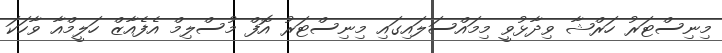
މިނިސްޓަރު ހަރްޝާ ވިދާޅުވީ މިމައްސަލައިގައި މިނިސްޓަރު އޮފް މުސްލިމް އެފެއާޒް ހަލީމްއާ ވާހަކަ